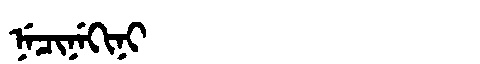
Manchu: ᠨᡝᠴᡳᠨᡝᡴᡳᠨᡳ
Romanization: NECINEKINI